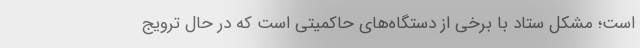
است؛ مشکل ستاد با برخی از دستگاه‌های حاکمیتی است که در حال ترویج